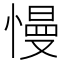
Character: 慢